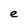
Character: e